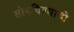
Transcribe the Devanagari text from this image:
सोपविण्याची